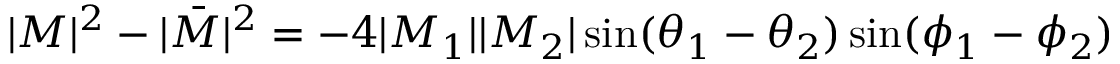
| M | ^ { 2 } - | { \bar { M } } | ^ { 2 } = - 4 | M _ { 1 } | | M _ { 2 } | \sin ( \theta _ { 1 } - \theta _ { 2 } ) \sin ( \phi _ { 1 } - \phi _ { 2 } )